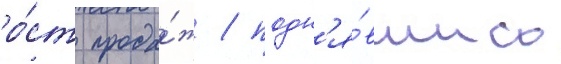
ро́ст прода́ж / подн'я́вшись